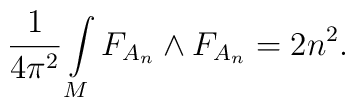
{1\over 4\pi^2}\int\limits_M F_{A_n}\wedge F_{A_n} = 2n^2.